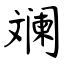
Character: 斓